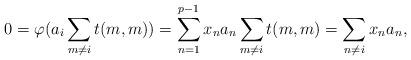
LaTeX: \begin{align*}0=\varphi(a_i\sum_{m \neq i}t(m,m))=\sum_{n=1}^{p-1}x_na_n\sum_{m\neq i}t(m,m)=\sum_{n\neq i }x_na_n,\end{align*}